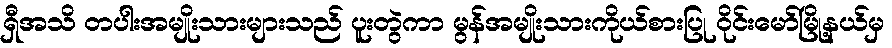
ရှီအသိ တပါးအမျိုးသားများသည် ပူးတွဲကာ မွန်အမျိုးသားကိုယ်စားပြု ဝိုင်းမော်မြို့နယ်မှ